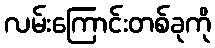
လမ်းကြောင်းတစ်ခုကို